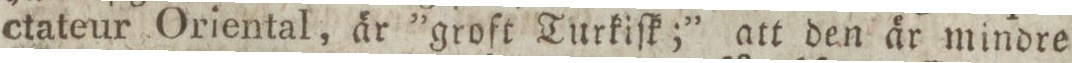
ctateur Oriental, är ”groft Turkiſk;” att den är mindre